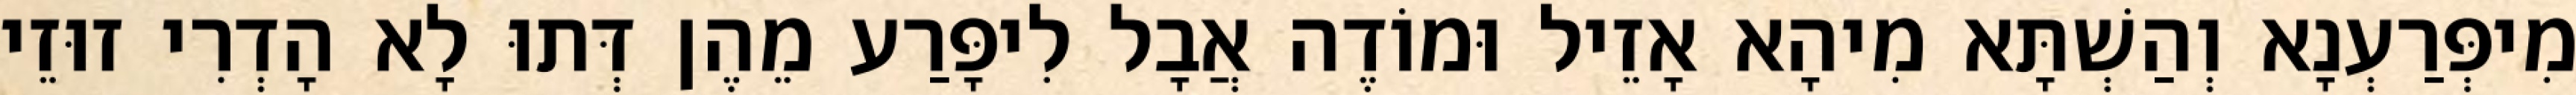
מִיפְּרַעְנָא וְהַשְׁתָּא מִיהָא אָזֵיל וּמוֹדֶה אֲבָל לִיפָּרַע מֵהֶן דְּתוּ לָא הָדְרִי זוּזֵי